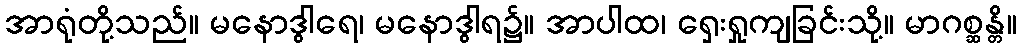
အာရုံတို့သည်။ မနောဒွါရေ၊ မနောဒွါရ၌။ အာပါထ၊ ရှေးရှုကျခြင်းသို့။ မာဂစ္ဆန္တိ။